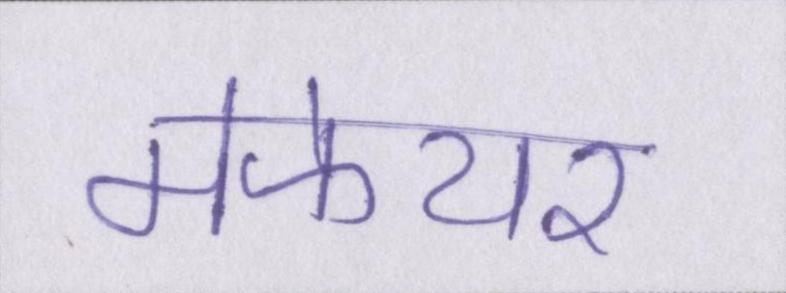
मेफेयर